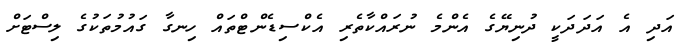
އަދި އެ އަދަދަކީ ދުނިޔޭގެ އެންމެ ނުރައްކާތެރި އެކްސިޑެންޓްތައް ހިނގާ ގައުމުތަކުގެ ލިސްޓަށް